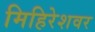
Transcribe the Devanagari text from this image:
मिहिरेशवर